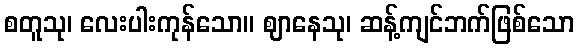
စတူသု၊ လေးပါးကုန်သော။ ဈာနေသု၊ ဆန့်ကျင်ဘက်ဖြစ်သော